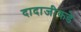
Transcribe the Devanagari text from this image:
दादाजीकडे